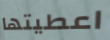
اعطيتها